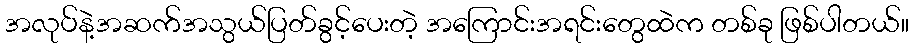
အလုပ်နဲ့အဆက်အသွယ်ပြတ်ခွင့်ပေးတဲ့ အကြောင်းအရင်းတွေထဲက တစ်ခု ဖြစ်ပါတယ်။